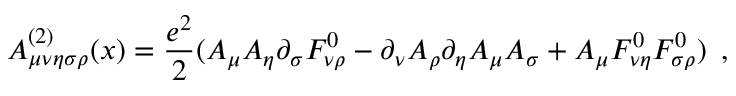
A _ { \mu \nu \eta \sigma \rho } ^ { ( 2 ) } ( x ) = \frac { e ^ { 2 } } { 2 } ( A _ { \mu } A _ { \eta } \partial _ { \sigma } F _ { \nu \rho } ^ { 0 } - \partial _ { \nu } A _ { \rho } \partial _ { \eta } A _ { \mu } A _ { \sigma } + A _ { \mu } F _ { \nu \eta } ^ { 0 } F _ { \sigma \rho } ^ { 0 } ) \, \, \, ,